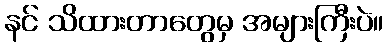
နင် သိထားတာတွေမှ အများကြီးပဲ။